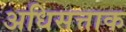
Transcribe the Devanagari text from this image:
अधिसत्ताक